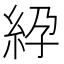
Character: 𥿱